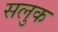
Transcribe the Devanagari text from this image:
सलुक